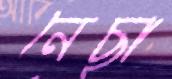
নেছা